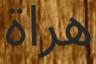
ھراة